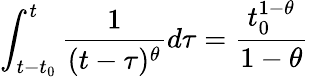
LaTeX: \int_{t-t_{0}}^{t}\frac{1}{(t-\tau)^{\theta}}d\tau=\frac{t_{0}^{1-\theta}}{1-\theta}